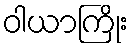
ဝါယာကြိုး